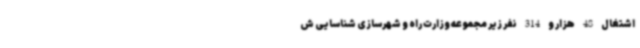
اشتغال 48 هزار و 314 نفر زیر مجموعه وزارت راه و شهرسازی شناسایی ش